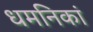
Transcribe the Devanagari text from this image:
धमनिकां